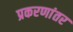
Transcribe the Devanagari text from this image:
प्रकरणांतर